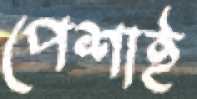
পেশাই